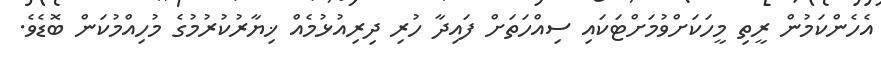
އެހެންކަމުން ރީތި މީހަކަށްވުމަށްޓަކައި ސިއްހަތަށް ފައިދާ ހުރި ދިރިއުޅުމެއް ޚިޔާރުކުރުމުގެ މުހިއްމުކަން ބޮޑެވެ.